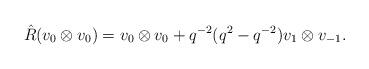
LaTeX: \begin{align*}\hat{R}(v_{0}\otimes v_{0})=v_{0}\otimes v_{0}+q^{-2}(q^{2}-q^{-2})v_{1}\otimes v_{-1}.\end{align*}